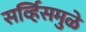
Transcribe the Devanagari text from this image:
सर्व्हिसमुळे